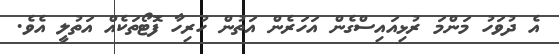
އެ ދުވަހު މަންމަ ރުޅިއައިސްގެން އަހަރެން އަތުން ހުރިހާ ފޮޓޯތަކެއް އަތުލީ އެވެ.